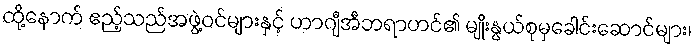
ထို့နောက် ဧည့်သည်အဖွဲ့ဝင်များနှင့် ဟာဂျီအီဘရာဟင်၏ မျိုးနွယ်စုမှခေါင်းဆောင်များ၊